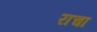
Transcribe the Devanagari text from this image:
राचा